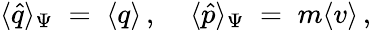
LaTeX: \langle\hat{q}\rangle_{\Psi}\; =\; \langle q\rangle\, ,\; \; \; \; \langle\hat{p}\rangle_{\Psi}\; =\; m\langle v\rangle\, ,